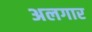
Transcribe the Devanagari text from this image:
अलगार